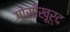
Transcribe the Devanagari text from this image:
गोसीखूर्द